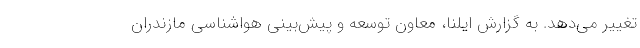
تغییر می‌دهد. به گزارش ایلنا، معاون توسعه و پیش‌بینی هواشناسی مازندران